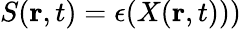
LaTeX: S(\mathbf{r},t)=\epsilon(X(\mathbf{r},t)))